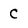
Character: C